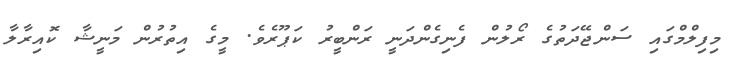
މިފިލްމްގައި ސަންޖޭދަތުގެ ރޯލުން ފެނިގެންދަނީ ރަންބީރު ކަޕޫރެވެ. މީގެ އިތުރުން މަނީޝާ ކޮއިރާލާ